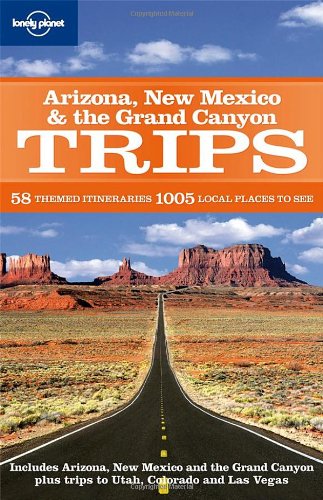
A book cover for Arizona New Mexico & the Grand Canyon Trips (Regional Travel Guide); Becca Blond; Travel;